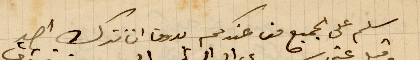
سلم على الجميع من عندك بدون ان تترك احد